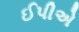
ઈપીએ